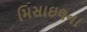
મિસાઇલના